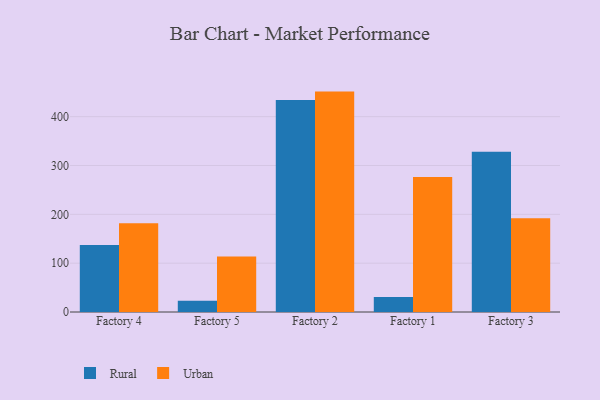
{"axis": {"x": "Factory", "y": "Energy Usage (MWh)"}, "legend": ["Rural", "Urban"], "data": [{"x": "Factory 4", "y": 137.3, "type": "Rural"}, {"x": "Factory 4", "y": 181.7, "type": "Urban"}, {"x": "Factory 5", "y": 22.9, "type": "Rural"}, {"x": "Factory 5", "y": 113.5, "type": "Urban"}, {"x": "Factory 2", "y": 434.2, "type": "Rural"}, {"x": "Factory 2", "y": 451.3, "type": "Urban"}, {"x": "Factory 1", "y": 30.7, "type": "Rural"}, {"x": "Factory 1", "y": 276.2, "type": "Urban"}, {"x": "Factory 3", "y": 328.3, "type": "Rural"}, {"x": "Factory 3", "y": 192.0, "type": "Urban"}]}